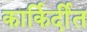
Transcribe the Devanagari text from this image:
कार्किर्दीत